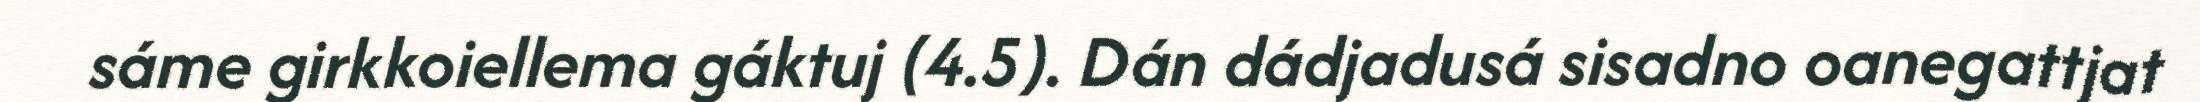
sáme girkkoiellema gáktuj (4.5). Dán dádjadusá sisadno oanegattjat